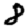
Digit: 8